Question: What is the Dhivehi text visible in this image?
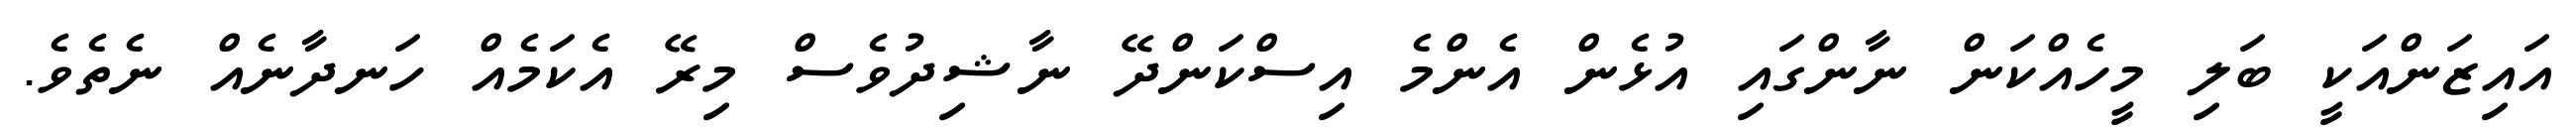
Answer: އައިޒަންއަކީ ބަލި މީހެއްކަން ނާންގައި އުޅެން އެންމެ އިސްކަންދޭ ނާޝިދުވެސް މިރޭ އެކަމެއް ހަނދާނެއް ނެތެވެ.